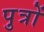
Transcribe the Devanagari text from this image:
पु़त्रों